Vaccination report Assam 1874-1896 - 1874-1896
Year: 1874
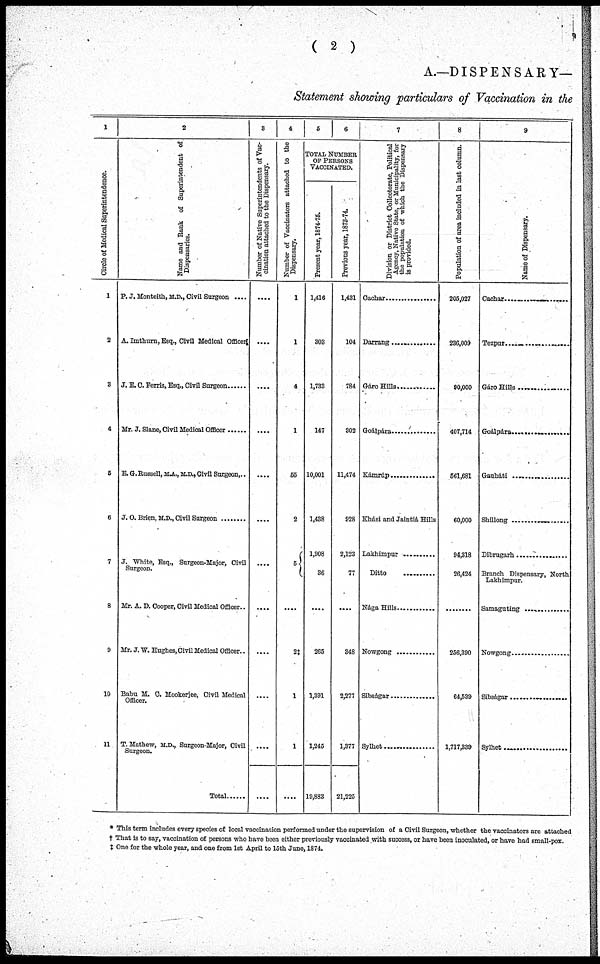
( 2 )
A.—DISPENSARY—
Statement showing particulars of Vaccination in the
1
Circle of Medical Superintendence.
1
2
3
4
5
6
7
8
9
10
11
2
Name and Bank of Superintendent of
Dispensaries.
P. J. Monteith, M.D., Civil Surgeon ....
A. Imthurn, Esq., Civil Medical Officer
J. E. C. Ferris, Esq., Civil Surgeon
Mr. J. Slane ,Civil Medical Officer ........
E. G. Russell, M.A., M.D., Civil Surgeon...
J. O. Brien, M. D. Civil Surgeon ........
J. White, Esq., Surgeon-Major, Civil
Surgeon.
Mr. A. D. Cooper, Civil Medical Officer..
Mr. J. W. Hughes, Civil Medical Officer..
Babu M. C. Mookerjee, Civil Medical
Officer.
T.Mathew, M.D., Surgeon-Major, Civil
Surgeon.
Total
3
Number of Native Superintendents of Vac-
cination attached to the Dispensary.
....
....
....
....
....
....
....
....
....
....
....
....
4
Number of Vaccinators attached to the
Dispensary.
1
1
4
1
55
2
5
....
2‡
1
1
....
5
6
TOTAL NUMBER
OF PERSONS
VACCINATED.
Present year, 1874-75.
1,416
303
1,733
147
10,001
1,438
1,908
36
....
265
1,391
1,245
19,883
Previous year, 1873-74.
1,431
104
784
302
11,474
928
2,123
77
....
348
2,277
1,377
21,225
7
Division or District Collectorate, Political
Agency, Native State, or Municipality, for
the population of which the Dispensary
is provided.
Cachar ................
Darrang ...............
Gáro Hills ........ ....
Goálpára ................
Kámrúp ............
Khási and Jaintiá Hills
Lakhimpur ..........
Ditto ............
Nága Hills
Nowgong ................
Sibságar .................
Sylhet ....................
8
Population of area included in last column.
205,027
236,009
90,000
407,714
561,681
60,000
94,318
26,424
256,390
64,539
1,717,889
9
Name of Dispensary.
Cachar....................
Tezpur.....................
Gáro Hills ........
Goálpára................
Gauháti .........
Shillong ................
Dibrugarh ................
Branch Dispensary, North
Lakhimpur.
Sibságar ....................
Sylhet ....................
* This term includes every species of local vaccination performed under the supervision of a Civil Surgeon, whether the vaccinators are attached
† That is to say, vaccination of persons who have been either previously vaccinated with success, or have been inoculated, or have had small-pox.
‡ One for the whole year, and one from 1st April to 15th June, 1874.